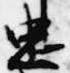
忠